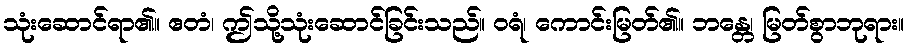
သုံးဆောင်ရာ၏။ ဧတံ၊ ဤသို့သုံးဆောင်ခြင်းသည်။ ဝရံ၊ ကောင်းမြတ်၏။ ဘန္တေ၊ မြတ်စွာဘုရား။